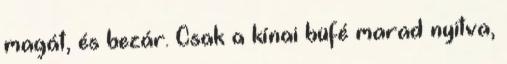
magát, és bezár. Csak a kínai büfé marad nyitva,